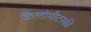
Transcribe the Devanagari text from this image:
किलोमीटरकी